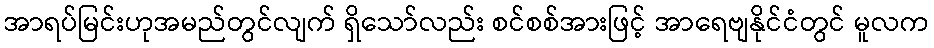
အာရပ်မြင်းဟုအမည်တွင်လျက် ရှိသော်လည်း စင်စစ်အားဖြင့် အာရေဗျနိုင်ငံတွင် မူလက